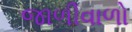
જાળીવાળો